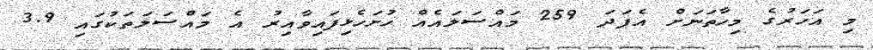
މި އަހަރުގެ މިހާތަނަށް އެފަދަ 259 މައްސަލައެއް ހުށަހެޅިފައިވާއިރު އެ މައްސަލަތަކުގައި 3.9